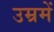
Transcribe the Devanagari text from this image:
उम्रमें